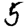
Digit: 5